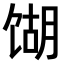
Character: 𫗫